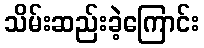
သိမ်းဆည်းခဲ့ကြောင်း